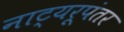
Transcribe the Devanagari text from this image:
नाट्यरूपंतर